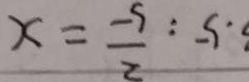
. 5 : \frac { 2 } { 5 } = x